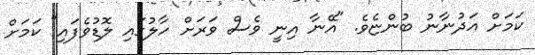
ކަމަށް އަދުނާނު ބުންޏެވެ. "އޭނާ އިނީ ވެސް ވަރަށް ހާލުގައި ލޮޑުވެފައި" ކަމަށް